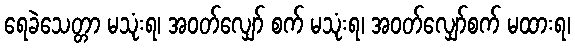
ရေခဲသေတ္တာ မသုံးရ၊ အဝတ်လျှော် စက် မသုံးရ၊ အဝတ်လျှော်စက် မထားရ၊